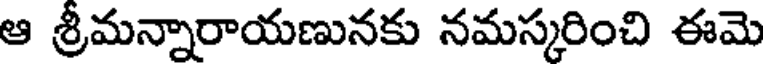
ఆ శ్రీమన్నారాయణునకు నమస్కరించి ఈమె